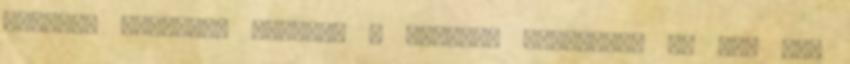
azonnal szaladni kezdtem a telefon irányába, és már fel